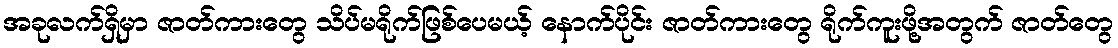
အခုလက်ရှိမှာ ဇာတ်ကားတွေ သိပ်မရိုက်ဖြစ်ပေမယ့် နောက်ပိုင်း ဇာတ်ကားတွေ ရိုက်ကူးဖို့အတွက် ဇာတ်တွေ